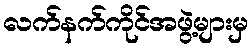
လက်နက်ကိုင်အဖွဲ့များမှ